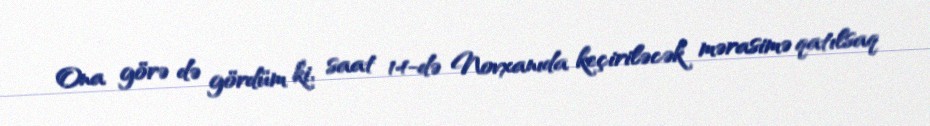
Ona görə də gördüm ki, saat 14-də Novxanıda keçiriləcək mərasimə qatılsaq